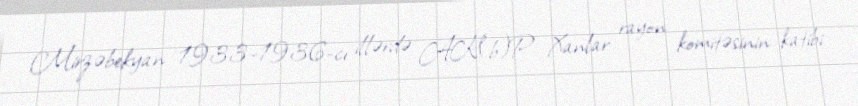
Mirzəbekyan 1933–1936-cı illərdə AK(b)P Xanlar rayon komitəsinin katibi